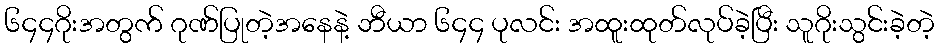
၆၄၄ဂိုးအတွက် ဂုဏ်ပြုတဲ့အနေနဲ့ ဘီယာ ၆၄၄ ပုလင်း အထူးထုတ်လုပ်ခဲ့ပြီး သူဂိုးသွင်းခဲ့တဲ့